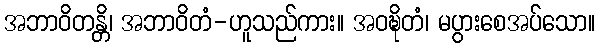
အဘာဝိတန္တိ၊ အဘာဝိတံ-ဟူသည်ကား။ အဝဍ္ဎိတံ၊ မပွားစေအပ်သော။